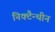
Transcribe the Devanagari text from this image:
निक्टैन्थीन